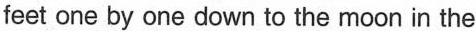
feet one by one down to the moon in the